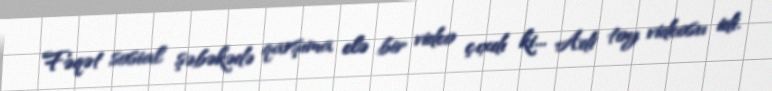
Fəqət sosial şəbəkədə qarşıma elə bir video çıxdı ki... Adi toy videosu idi.